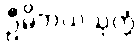
ဦမိဘယသုတ္တံ